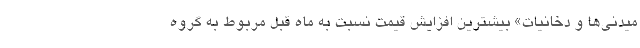
میدنی‌ها و دخانیات» بیشترین افزایش قیمت نسبت به ماه قبل مربوط به گروه